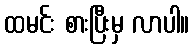
ထမင်း စားပြီးမှ လာပါ။